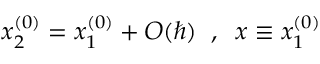
x _ { 2 } ^ { ( 0 ) } = x _ { 1 } ^ { ( 0 ) } + O ( \hbar ) \; \; , \; \; x \equiv x _ { 1 } ^ { ( 0 ) }